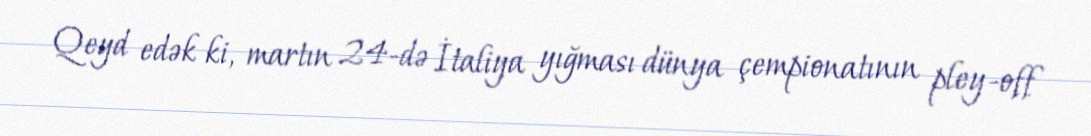
Qeyd edək ki, martın 24-də İtaliya yığması dünya çempionatının pley-off